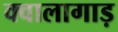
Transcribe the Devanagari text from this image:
क्वालागाड़